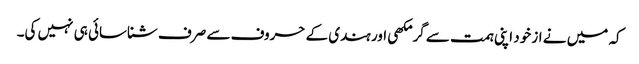
کہ میں نے از خود اپنی ہمت سے گرمکھی اور ہندی کے حروف سے صرف شناسائی ہی نہیں کی۔